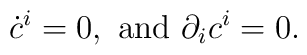
\dot{c}^i = 0, \mbox{ and } \partial_ic^i = 0        .